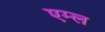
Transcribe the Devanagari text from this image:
एम्ल